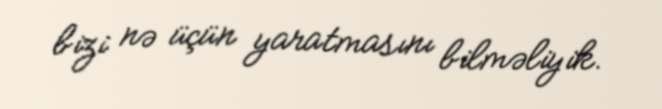
bizi nə üçün yaratmasını bilməliyik.